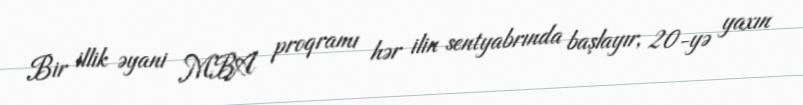
Bir illik əyani MBA proqramı hər ilin sentyabrında başlayır, 20-yə yaxın